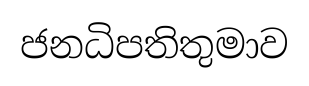
ජනධිපතිතුමාව